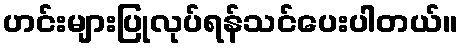
ဟင်းများပြုလုပ်ရန်သင်ပေးပါတယ်။